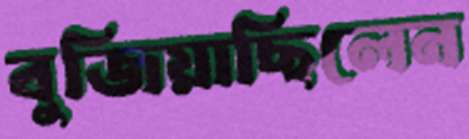
বুজিয়াছিলেন